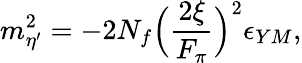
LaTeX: m_{\eta^{\prime}}^{2}=-2N_{f}\Bigl({\frac{2\xi}{F_{\pi}}}\Bigr)^{2}\epsilon_{YM},